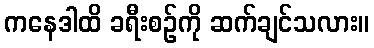
ကနေဒါထိ ခရီးစဉ်ကို ဆက်ချင်သလား။